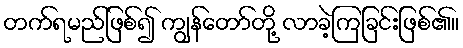
တက်ရမည်ဖြစ်၍ ကျွန်တော်တို့ လာခဲ့ကြခြင်းဖြစ်၏။